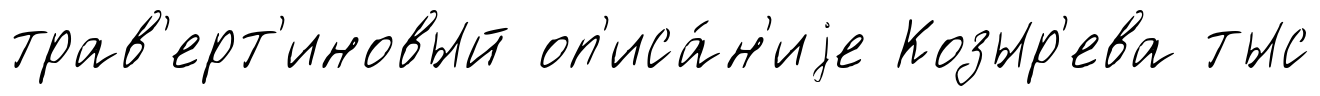
трав'ерт'иновый оп'иса́н'иjе Козыр'ева тыс